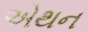
એથન